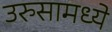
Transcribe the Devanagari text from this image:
उरुसामध्ये